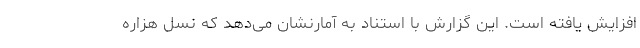
افزایش یافته است. این گزارش با استناد به آمارنشان می‌دهد که نسل هزاره